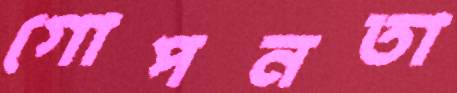
গোপনতা